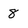
Character: 8